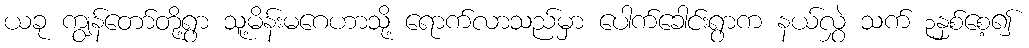
ယခု ကျွန်တော်တို့ရွာ သူ့မိန်းမဂေဟာသို့ ရောက်လာသည်မှာ ပေါက်ခေါင်းရွာက နယ်လွှဲ သက် ၃နှစ်စေ့၍